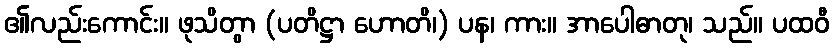
၏လည်းကောင်း။ ဖုသိတွာ (ပတိဋ္ဌာ ဟောတိ၊) ပန၊ ကား။ အာပေါဓာတု၊ သည်။ ပထဝီ